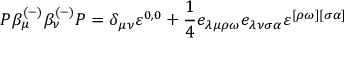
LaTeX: P \beta _ { \mu } ^ { ( - ) } \beta _ { \nu } ^ { ( - ) } P = \delta _ { \mu \nu } \varepsilon ^ { 0 , 0 } + \frac 1 4 e _ { \lambda \mu \rho \omega } e _ { \lambda \nu \sigma \alpha } \varepsilon ^ { [ \rho \omega ] [ \sigma \alpha ] }